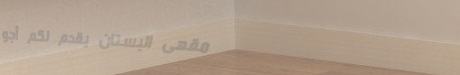
مقهى البستان يقدم لكم أجو